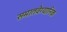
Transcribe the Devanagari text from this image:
समातवैग्यानिक